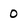
Character: 0